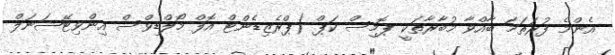
އެންމެ ފުރަތަމަ ބާއްވާ މުބާރާތަކީ ޕޮމިސް ކަޕް (ޕްރެޒިޑެންޓް އޮފް މޯލްޑިވްސް އިންވިޓޭޝަނަލް